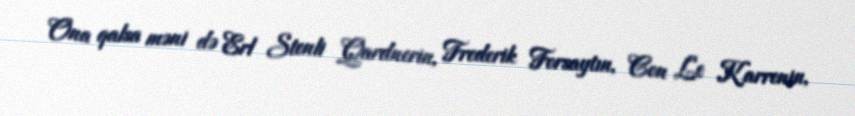
Ona qalsa məni də Erl Stenli Qardnerin, Frederik Forsaytın, Con Le Karrenin,